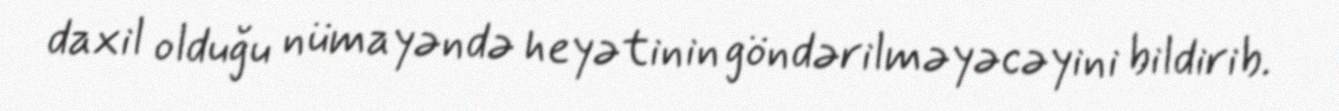
daxil olduğu nümayəndə heyətinin göndərilməyəcəyini bildirib.